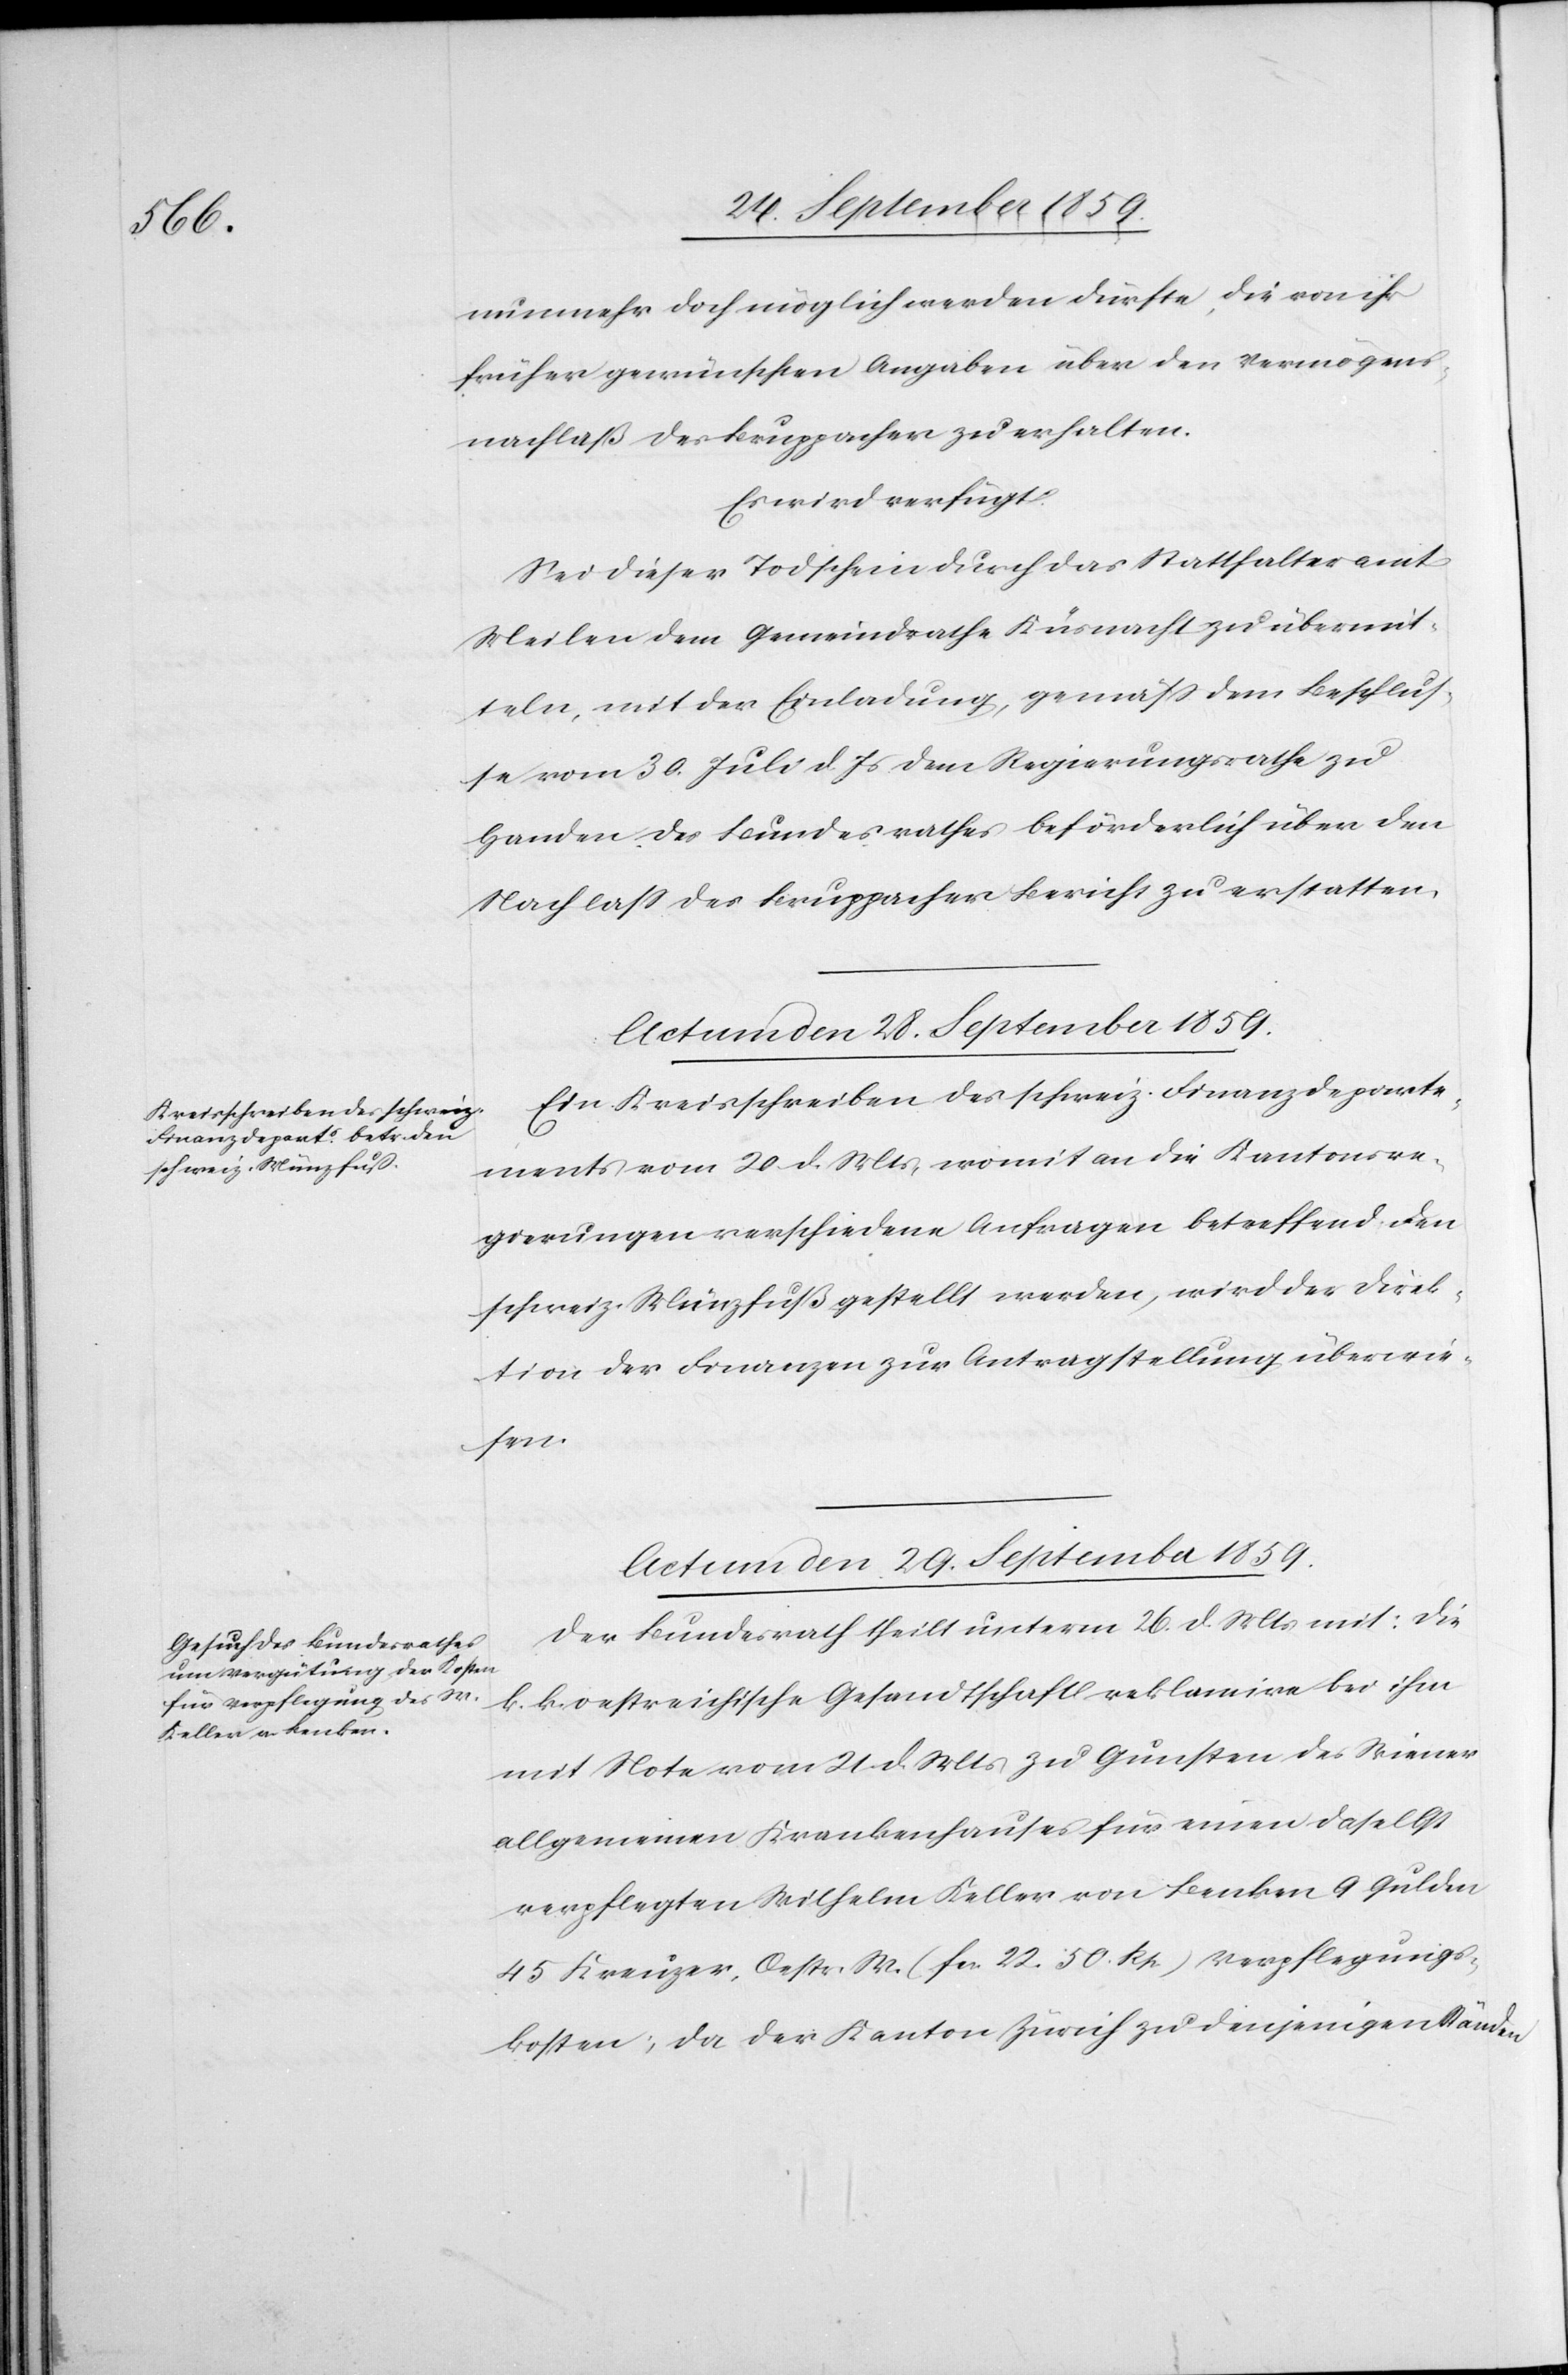
nunmehr doch möglich werden dürfte, die von ihr
früher gewünschten Angaben über den Vermögens¬
nachlaß des Bruppacher zu erhalten.
Es wird verfügt.
Sei dieser Todschein durch das Statthalteramt
Meilen dem Gemeindrathe Küsnacht zu übermit¬
teln, mit der Einladung, gemäß dem Beschlus¬
se vom 30. Juli d. Js. dem Regierungsrathe zu
Handen des Bundesrathes beförderlich über den
Nachlaß des Bruppacher Bericht zu erstatten.
Actum den 28. September 1859.
Ein Kreisschreiben des schweiz. Finanzdeparte¬
ments vom 20. d. Mts., womit an die Kantonsre¬
gierungen verschiedene Anfragen betreffend den
schweiz. Münzfuß gestellt werden, wird der Direk¬
tion der Finanzen zur Antragstellung überwie¬
sen.
Actum den 29. September 1859.
Der Bundesrath theilt unterm 26. d. Mts. mit: die
k. k. oestreichische Gesandtschaft reklamire bei ihm
mit Note vom 21. d. Mts. zu Gunsten des Wiener
allgemeinen Krankenhauses für einen daselbst
verpflegten Wilhelm Keller von Benken 9 Gulden
45 Kreuzer, Oestr. W. (fcs. 22.50 Rp.) Verpflegungs¬
kosten; da der Kanton Zürich zu denjenigen Ständen